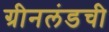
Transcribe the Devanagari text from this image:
ग्रीनलंडची